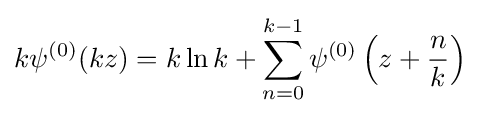
k\psi ^{(0)}(kz)=k\ln {k}+\sum _{n=0}^{k-1}\psi ^{(0)}\left(z+{\frac {n}{k}}\right)